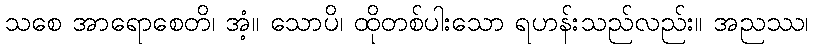
သစေ အာရောစေတိ၊ အံ့။ သောပိ၊ ထိုတစ်ပါးသော ရဟန်းသည်လည်း။ အညဿ၊